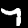
Label: 7